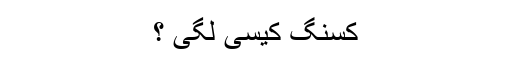
کسنگ کیسی لگی ؟